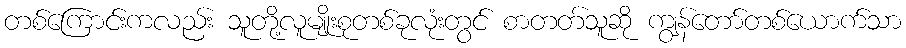
တစ်ကြောင်းကလည်း သူတို့လူမျိုးစုတစ်ခုလုံးတွင် စာတတ်သူဆို ကျွန်တော်တစ်ယောက်သာ